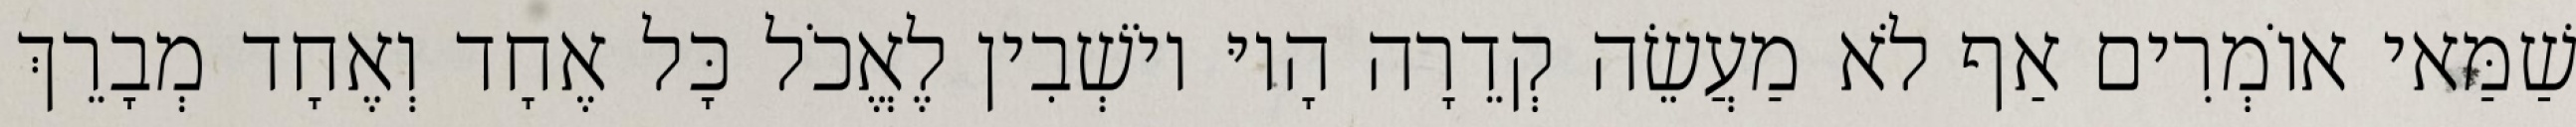
שַׁמַּאי אוֹמְרִים אַף לֹא מַעֲשֵׂה קְדֵרָה הָיוּ יוֹשְׁבִין לֶאֱכֹל כָּל אֶחָד וְאֶחָד מְבָרֵךְ